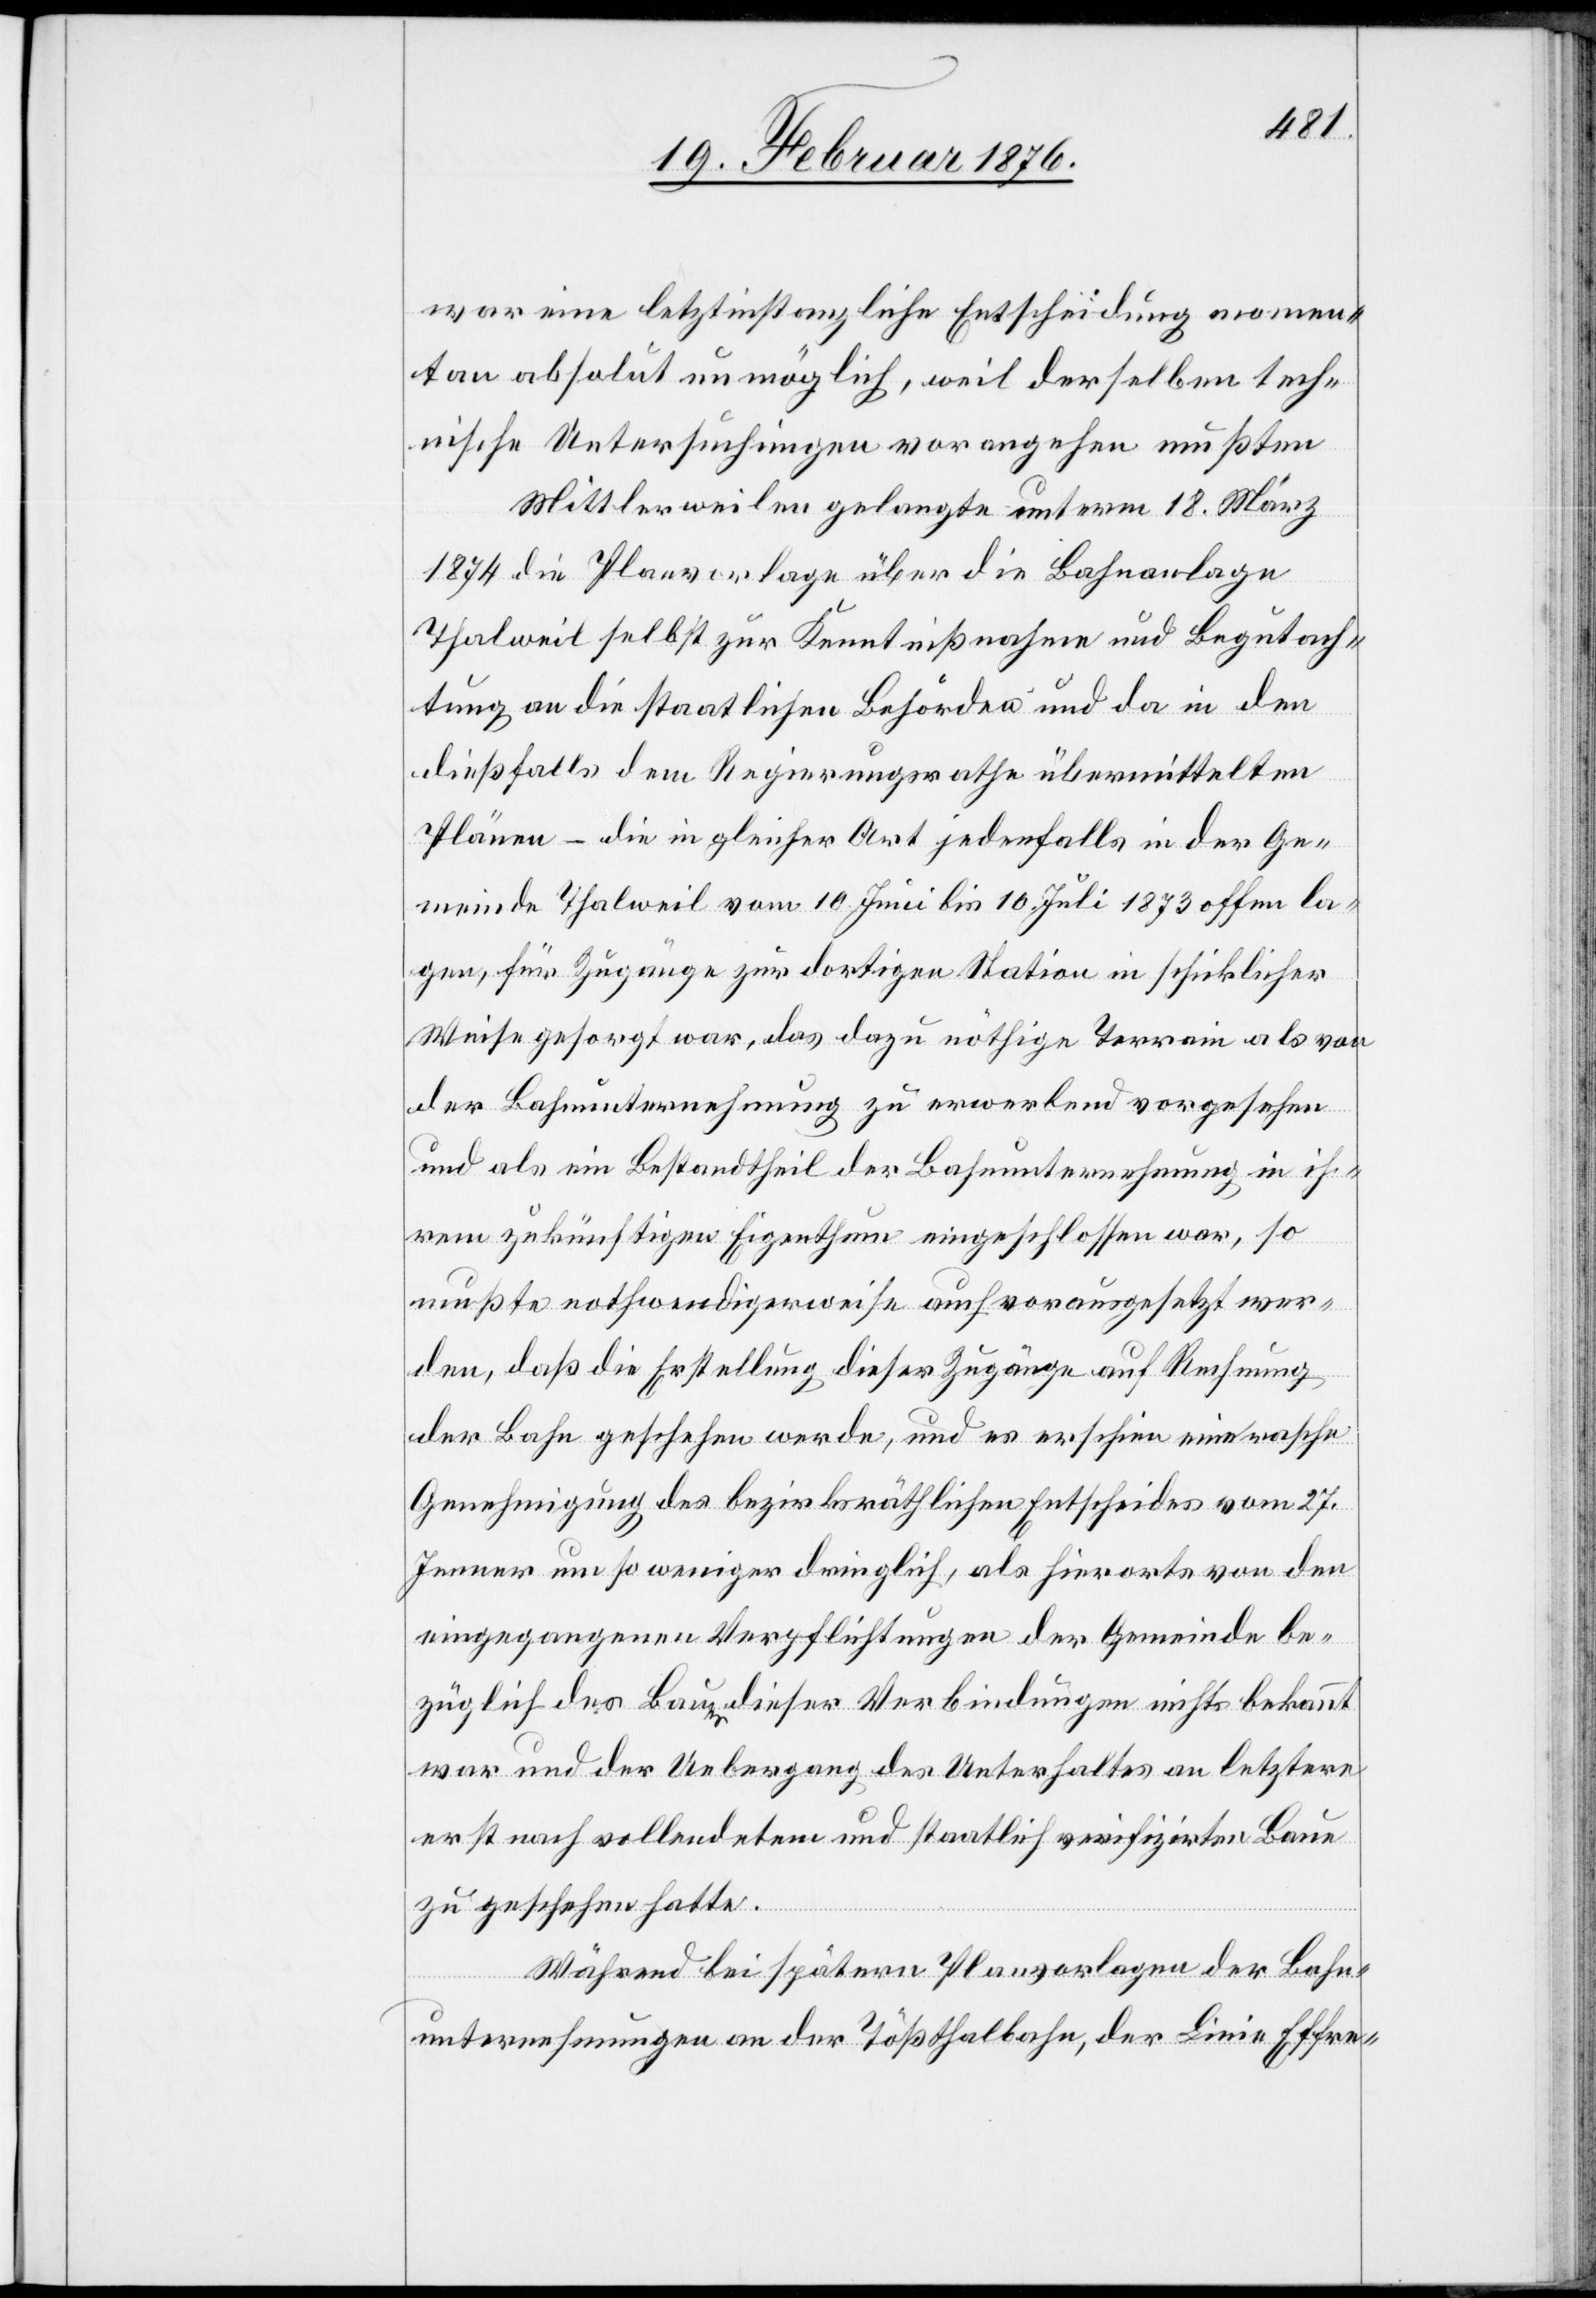
war eine letztinstanzliche Entscheidung momen¬
tan absolut unmöglich, weil derselben tech¬
nische Untersuchungen vorangehen müßten.
Mittlerweile gelangte unterm 18. März
1874 die Planvorlage über die Bahnanlage
Thalweil selbst zur Kenntnißnahme und Begutach¬
tung an die staatliche Behörde und da in den
dießfalls dem Regierungsrathe übermittelten
Plänen – die in gleicher Art jedenfalls in der Ge¬
meinde Thalweil vom 10. Juni bis 10. Juli 1873 offen la¬
gen [–], für Zugänge zur dortigen Station in schicklicher
Weise gesorgt war, das dazu nöthige Terrain als von
der Bahnunternehmung zu erwerbend vorgesehen
und als ein Bestandtheil der Bahnunternehmung in ih¬
rem zukünftigen Eigenthum eingeschlossen war, so
mußte nothwendigerweise auch vorausgesetzt wer¬
den, daß die Erstellung dieser Zugänge auf Rechnung
der Bahn geschehen werde, und es erschien eine rasche
Genehmigung des bezirksräthlichen Entscheides vom 27.
Jenner umso weniger dringlich, als hierorts von den
eingegangenen Verpflichtungen der Gemeinde be¬
züglich des Baues dieser Verbindungen nichts bekannt
war und der Uebergang des Unterhaltes an letztere
erst nach vollendetem und staatlich verifizirtem Bau
zu geschehen hatte.
Während bei späteren Planvorlagen der Bahn¬
unternehmungen an der Tößthalbahn, der Linie Effre-